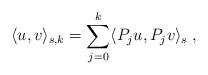
LaTeX: \begin{align*}\langle u,v\rangle_{s,k}=\sum_{j=0}^k\langle P_ju,P_jv\rangle_s\;,\end{align*}